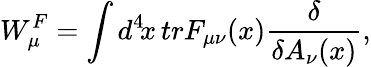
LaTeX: W_{\mu}^{F}=\int d^{4}\! x\, trF_{\mu\nu}(x){\frac{\delta}{\delta A_{\nu}(x)}},